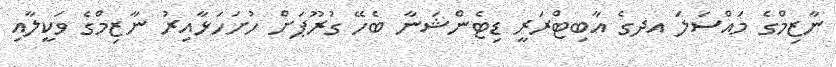
ނާޒިމްގެ މައްސަލަ އދގެ އާބިޓްރަރީ ޑިޓެންޝަނާ ބެހޭ ގުރޫޕަށް ހުށަހަޅާއިރު ނާޒިމްގެ ވަކީލާއި